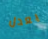
يعدل